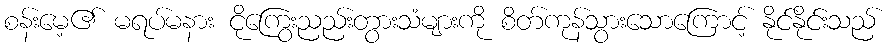
စန်းမေ့၏ မရပ်မနား ငိုကြွေးညည်းတွားသံများကို စိတ်ကုန်သွားသောကြောင့် နိုင်နိုင်းသည်